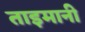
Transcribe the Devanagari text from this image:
ताइमानी